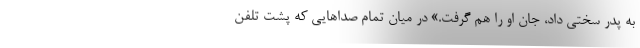
به پدر سختي داد، جان او را هم گرفت.» در ميان تمام صداهايي كه پشت تلفن